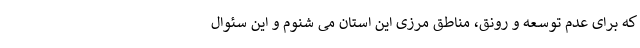
که برای عدم توسعه و رونق، مناطق مرزی این استان می شنوم و این سئوال